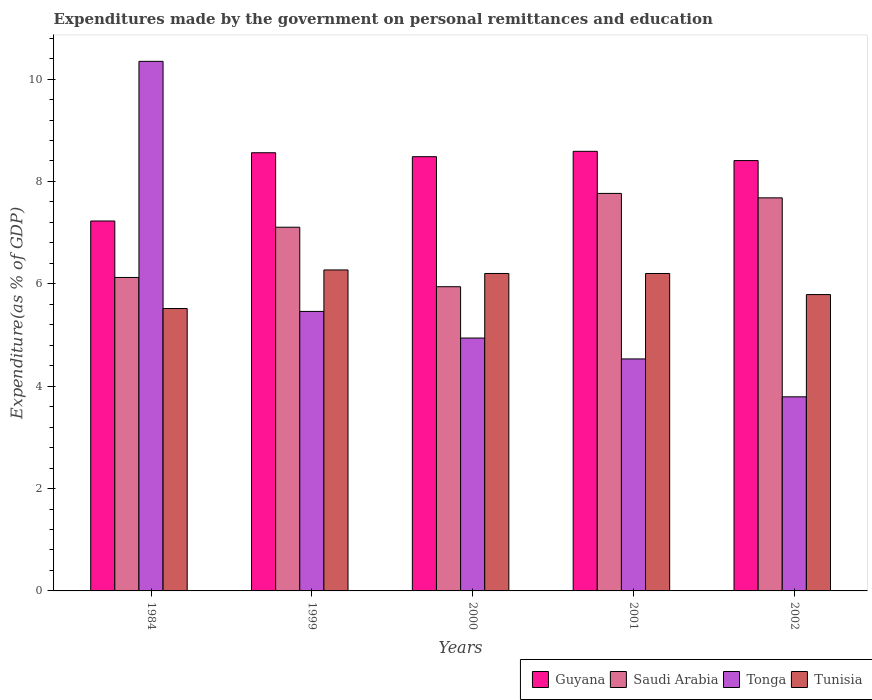
| Years | Guyana | Saudi Arabia | Tonga | Tunisia |
 | --- | --- | --- | --- | --- |
 | 1984 | 7.23 | 6.12 | 10.3 | 5.52 |
 | 1999 | 8.56 | 7.11 | 5.46 | 6.27 |
 | 2000 | 8.48 | 5.94 | 4.94 | 6.2 |
 | 2001 | 8.59 | 7.77 | 4.53 | 6.2 |
 | 2002 | 8.41 | 7.68 | 3.79 | 5.79 |